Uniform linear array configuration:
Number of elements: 8
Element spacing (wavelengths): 0.75
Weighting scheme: uniform
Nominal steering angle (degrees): -60
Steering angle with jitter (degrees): -59.888
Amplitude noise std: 0.05
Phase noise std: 0.05

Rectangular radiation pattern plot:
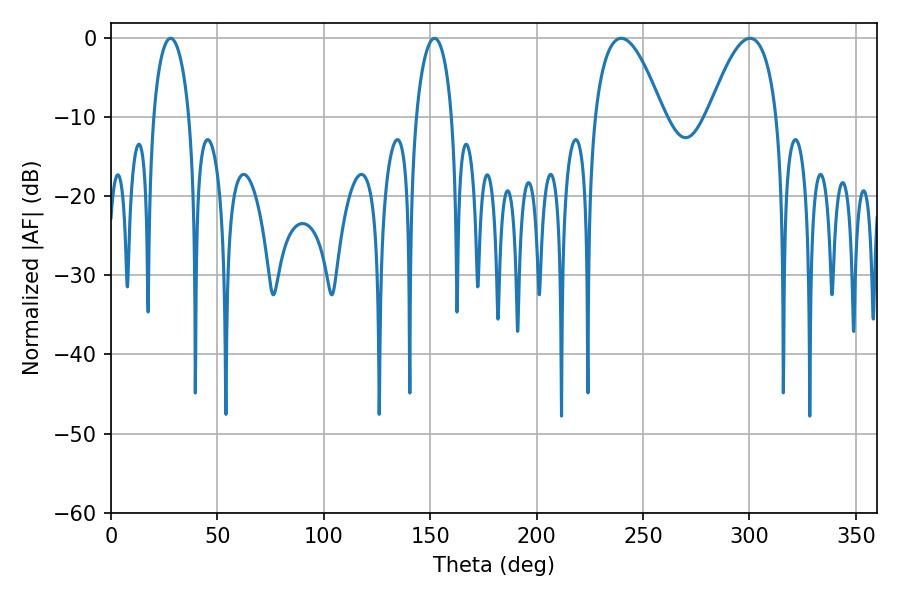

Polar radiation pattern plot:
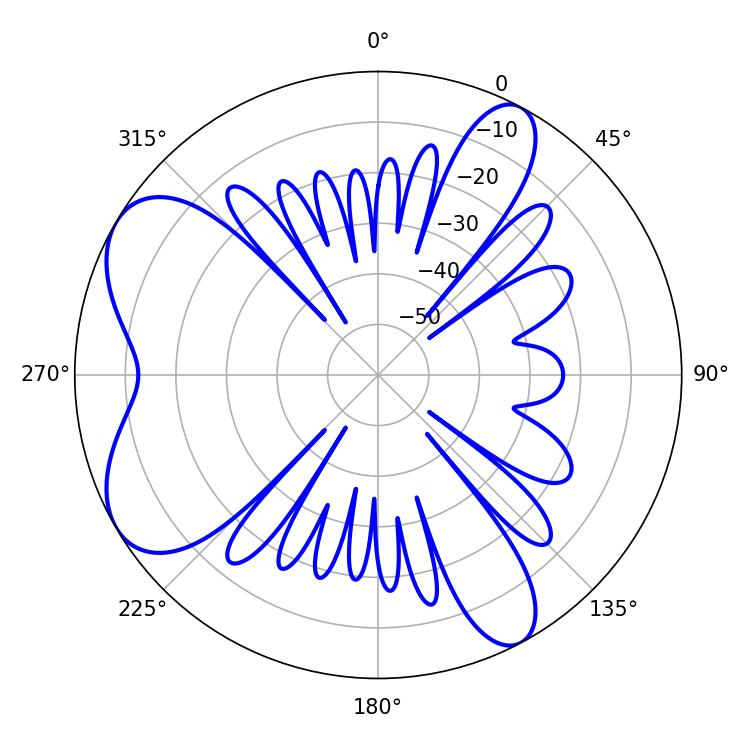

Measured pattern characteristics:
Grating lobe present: TRUE
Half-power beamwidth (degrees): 17.64
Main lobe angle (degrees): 239.76